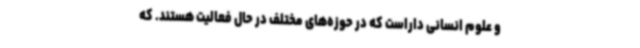
و علوم انسانی داراست که در حوزه‌های مختلف در حال فعالیت هستند. که